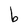
Character: b